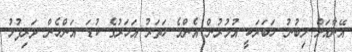
އޭނާއަށް ލިބުނު ހަބަރަކީ އުމުރުން އެންމެ ހަތަރު އަހަރުގެ ކުޑަ އަންހެން ދަރިފުޅު